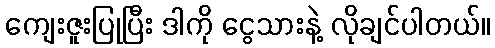
ကျေးဇူးပြုပြီး ဒါကို ငွေသားနဲ့ လိုချင်ပါတယ်။